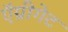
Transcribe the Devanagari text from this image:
ऍग्रीगेट